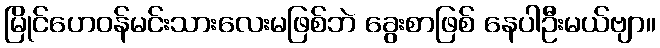
မြိုင်ဟေဝန်မင်းသားလေးမဖြစ်ဘဲ ခွေးစာဖြစ် နေပါဦးမယ်ဗျာ။